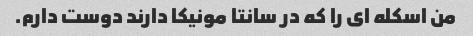
من اسکله ای را که در سانتا مونیکا دارند دوست دارم.